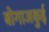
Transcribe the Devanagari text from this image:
बोगाजकुई